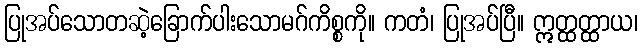
ပြုအပ်သောတဆဲ့ခြောက်ပါးသောမဂ်ကိစ္စကို။ ကတံ၊ ပြုအပ်ပြီ။ ဣတ္ထတ္ထာယ၊